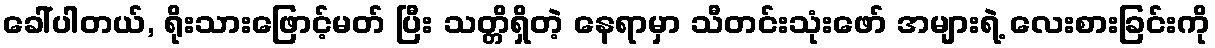
ခေါ်ပါတယ်, ရိုးသားဖြောင့်မတ် ပြီး သတ္တိရှိတဲ့ နေရာမှာ သီတင်းသုံးဖော် အများရဲ့ လေးစားခြင်းကို